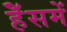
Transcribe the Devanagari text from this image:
हॅेसमें